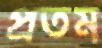
প্রতম